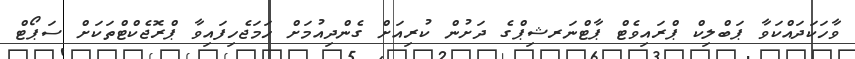
ވާހަކަދައްކަވާ ޕަބްލިކް ޕްރައިވެޓް ޕާޓްނަރޝިޕްގެ ދަށުން ކުރިއަށް ގެންދިއުމަށް ހަމަޖެހިފައިވާ ޕްރޮޖެކްޓްތަކަށް ސަޕޯޓް